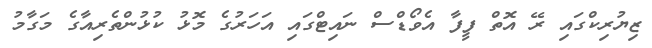
ޒިޔުރިކްގައި ރޭ އޮތް ފީފާ އެވޯޑްސް ނައިޓްގައި އަހަރުގެ މޮޅު ކުޅުންތެރިއާގެ މަގާމު